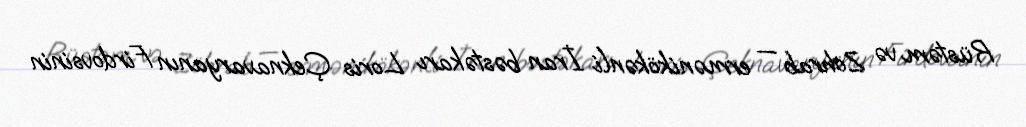
Rüstəm və Zöhrab — ermənikökənli İran bəstəkarı Loris Çeknavaryanın Firdovsinin